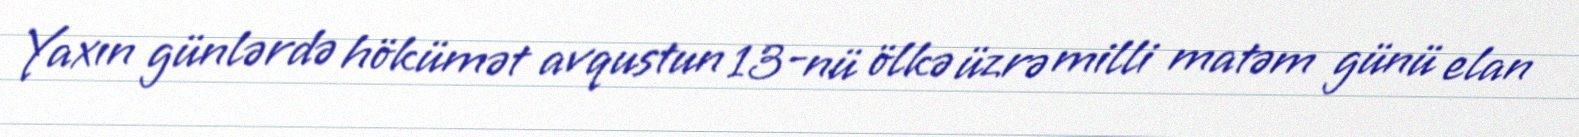
Yaxın günlərdə hökümət avqustun 13-nü ölkə üzrə milli matəm günü elan